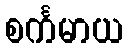
စင်္ကမာယ